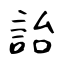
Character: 詒